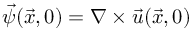
\vec { \psi } ( \vec { x } , 0 ) = \nabla \times \vec { u } ( \vec { x } , 0 )